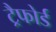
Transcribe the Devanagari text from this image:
ट्रैफोर्ड